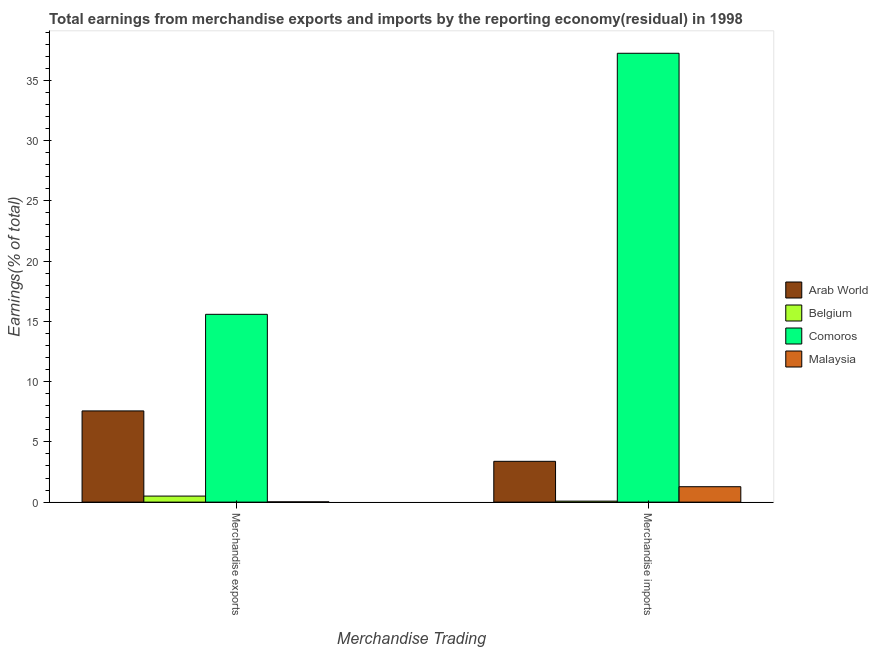
| Merchandise Trading | Arab World | Belgium | Comoros | Malaysia |
 | --- | --- | --- | --- | --- |
 | Merchandise exports | 7.57 | 0.502 | 15.6 | 0.0217 |
 | Merchandise imports | 3.39 | 0.0823 | 37.2 | 1.28 |